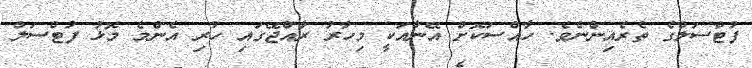
ފުޓްސަލްގެ ތެރެއިންނެވެ. ހާއްސަކޮށް އޭނާއަކީ މިހާރު ރާއްޖޭގައި ހުރި އެންމެ މޮޅު ފުޓްސަލް